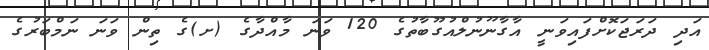
އަދި ދަރަޖަކޮށްފައިވަނީ އާގާނޫނުލްއުގޫބާތުގެ 120 ވަނަ މާއްދާގެ (ށ)ގެ ތިން ވަނަ ނަމްބަރުގެ